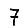
Digit: 7